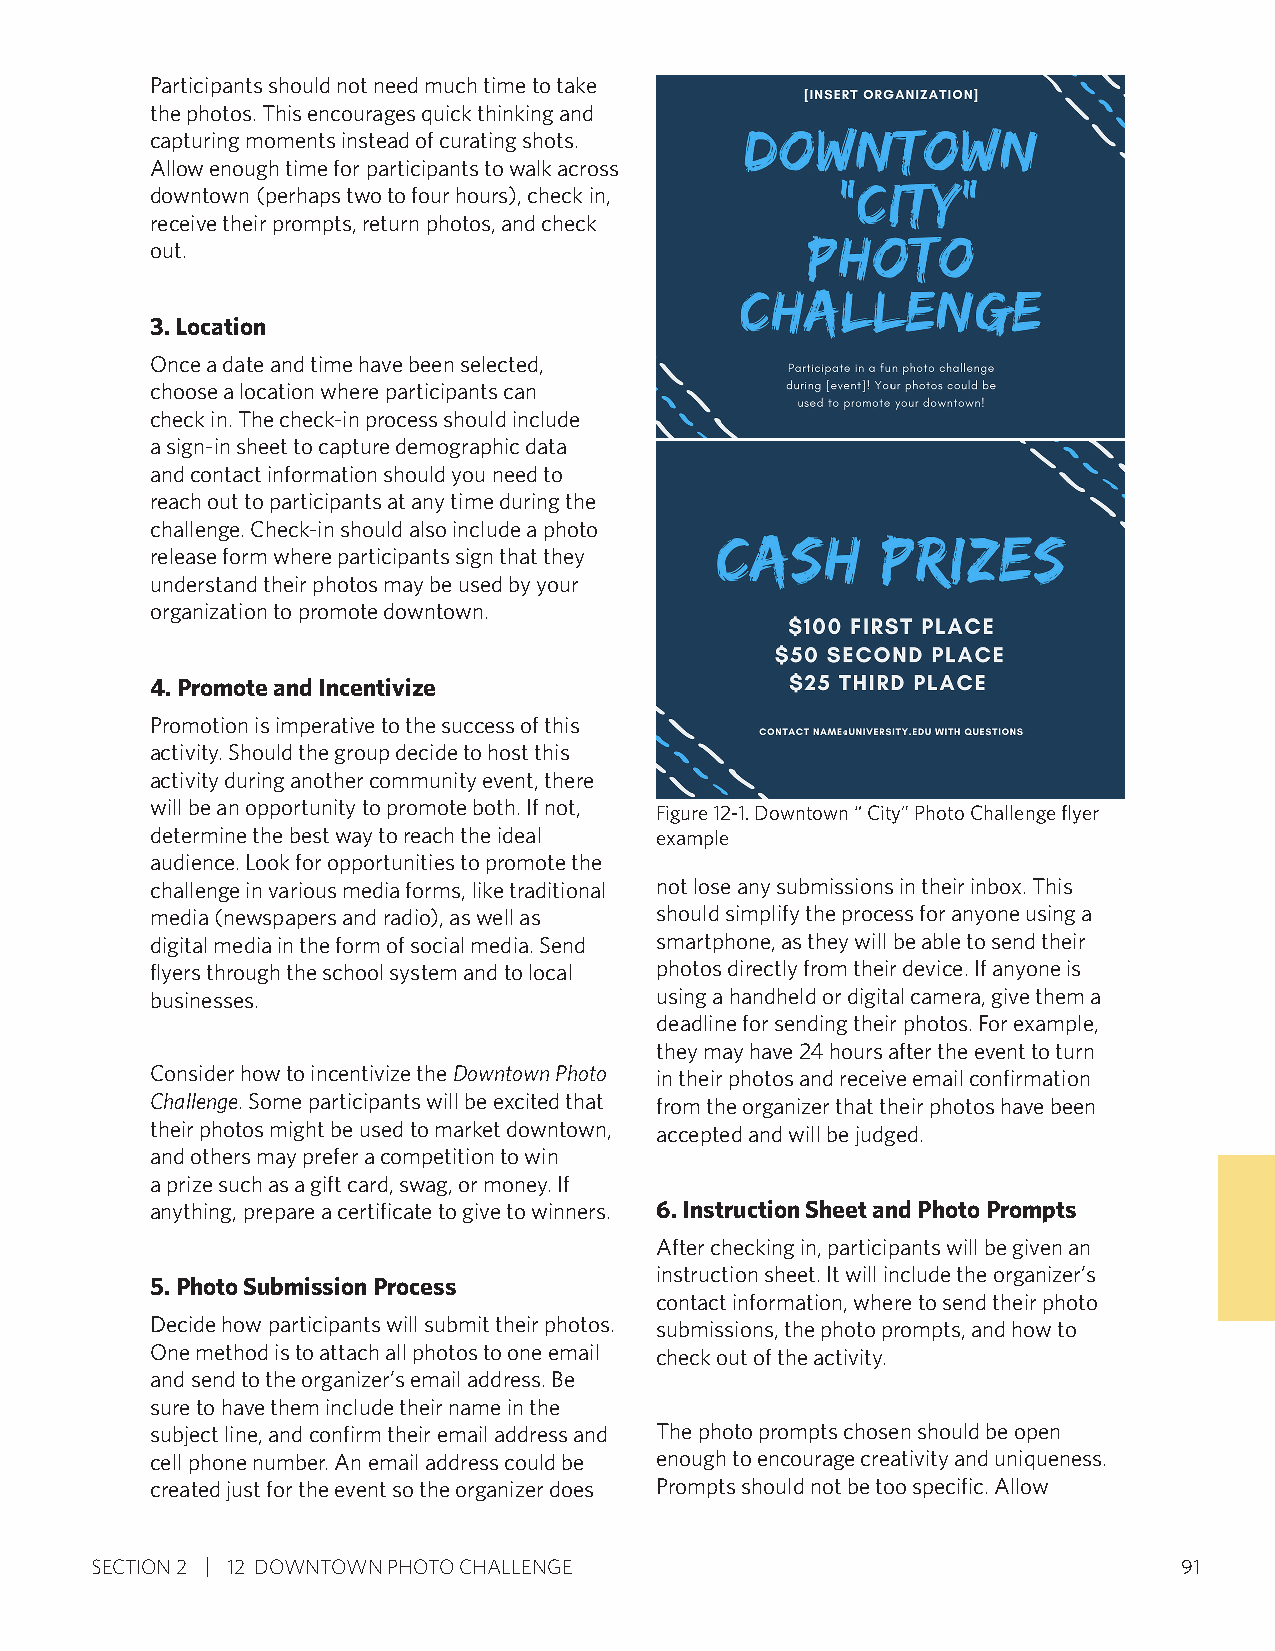
Participants should not need much time to take
 the photos. This encourages quick thinking and
 capturing moments instead of curating shots.
 Allow enough time for participants to walk across
 downtown (perhaps two to four hours), check in,
 receive their prompts, return photos, and check
 out.
 3. Location
 Once a date and time have been selected,
 choose a location where participants can
 check in. The check-in process should include
 a sign-in sheet to capture demographic data
 and contact information should you need to
 reach out to participants at any time during the
 challenge. Check-in should also include a photo
 release form where participants sign that they
 understand their photos may be used by your
 organization to promote downtown.
 4. Promote and Incentivize
 Promotion is imperative to the success of this
 activity. Should the group decide to host this
 activity during another community event, there
 will be an opportunity to promote both. If not,
 Figure 12-1. Downtown “ City” Photo Challenge flyer
 determine the best way to reach the ideal example
 audience. Look for opportunities to promote the
 challenge in various media forms, like traditional not lose any submissions in their inbox. This
 media (newspapers and radio), as well as should simplify the process for anyone using a
 digital media in the form of social media. Send smartphone, as they will be able to send their
 flyers through the school system and to local photos directly from their device. If anyone is
 businesses.                      using a handheld or digital camera, give them a
 deadline for sending their photos. For example,
 they may have 24 hours after the event to turn
 Consider how to incentivize the Downtown Photo in their photos and receive email confirmation
 Challenge. Some participants will be excited that from the organizer that their photos have been
 their photos might be used to market downtown, accepted and will be judged.
 and others may prefer a competition to win
 a prize such as a gift card, swag, or money. If
 anything, prepare a certificate to give to winners. 6. Instruction Sheet and Photo Prompts
 After checking in, participants will be given an
 instruction sheet. It will include the organizer’s
 5. Photo Submission Process
 contact information, where to send their photo
 Decide how participants will submit their photos. submissions, the photo prompts, and how to
 One method is to attach all photos to one email check out of the activity.
 and send to the organizer’s email address. Be
 sure to have them include their name in the
 subject line, and confirm their email address and The photo prompts chosen should be open
 cell phone number. An email address could be enough to encourage creativity and uniqueness.
 created just for the event so the organizer does Prompts should not be too specific. Allow
 SECTION 2 12 DOWNTOWN PHOTO CHALLENGE                                   91